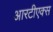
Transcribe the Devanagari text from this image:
आरटीएक्स